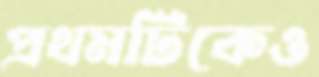
প্রথমটিকেও